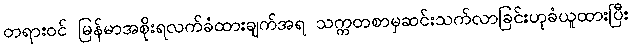
တရားဝင် မြန်မာအစိုးရလက်ခံထားချက်အရ သက္ကတစာမှဆင်းသက်လာခြင်းဟုခံယူထားပြီး